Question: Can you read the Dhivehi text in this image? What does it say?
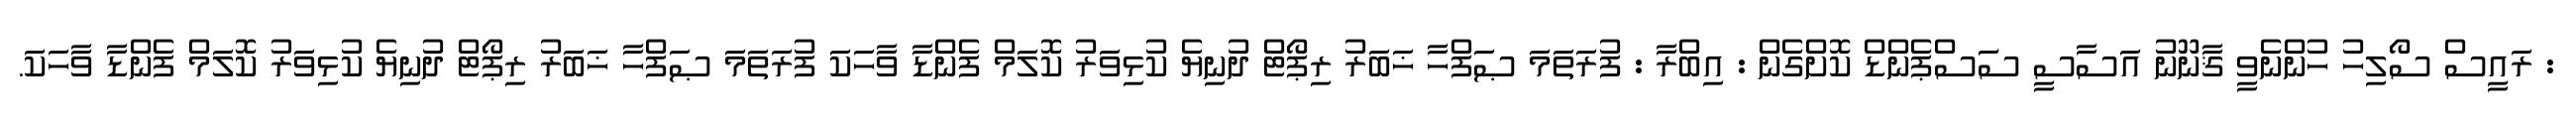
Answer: : ރައީސް ސޯލިހު ހުންނެވީ ޤާނޫނު އަސާސީ ސަަސްޕެންޑް ކޮށްގެން : އިބްރާ : ފުރަތަމަ ޞަފްހާ ޚަބަރު ރިޕޯޓް ދުނިޔެ ކުޅިވަރު ކޮލަމް ފެންޑާ ވާހަކަ ފުރަތަމަ ޞަފްހާ ޚަބަރު ރިޕޯޓް ދުނިޔެ ކުޅިވަރު ކޮލަމް ފެންޑާ ވާހަކަ.